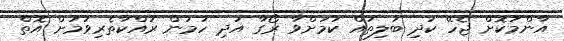
އާންމުކޮށް ޖެހޭ ކުދި ބަލިތައް ކަމަށްވާ ރޯގާ އަދި ހުމުން ރައްކާތެރިވުމަށް އޮތް